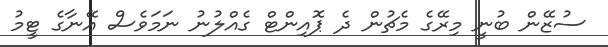
ސުޒޭން ބުނީ މިރޭގެ މެޗުން ދެ ޕޮއިންޓް ގެއްލުނު ނަމަވެސް އޭނާގެ ޓީމު